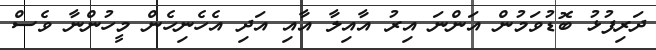
ދަރިފުޅު ބޮޑުވަމުން އަންނަ އިރު އާއިލާ އާއި އަދި އެހެނިހެން މީހުންނާ ވެސް